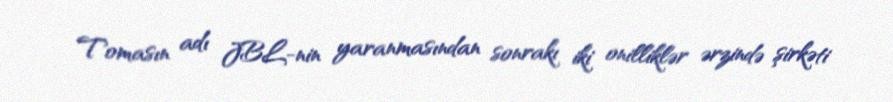
Tomasın adı JBL-nin yaranmasından sonrakı iki onilliklər ərzində şirkəti